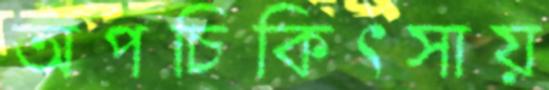
অপচিকিৎসায়